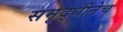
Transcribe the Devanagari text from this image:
समृद्धीनेच